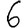
Digit: 6